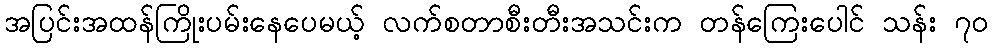
အပြင်းအထန်ကြိုးပမ်းနေပေမယ့် လက်စတာစီးတီးအသင်းက တန်ကြေးပေါင် သန်း ၇၀